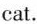
cat.